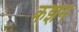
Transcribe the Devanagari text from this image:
कझन